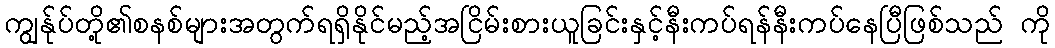
ကျွန်ုပ်တို့၏စနစ်များအတွက်ရရှိနိုင်မည့်အငြိမ်းစားယူခြင်းနှင့်နီးကပ်ရန်နီးကပ်နေပြီဖြစ်သည် ကို